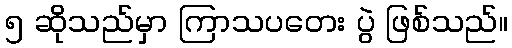
၅ ဆိုသည်မှာ ကြာသပတေး ပွဲ ဖြစ်သည်။